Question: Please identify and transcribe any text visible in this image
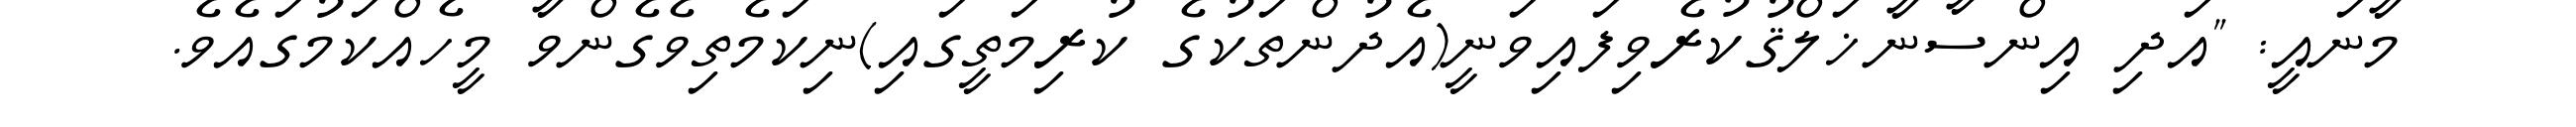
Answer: މާނައީ: "އަދި އިންސާނާޚަލްޤުކުރެވިފައިވަނީ(އެދުންތަކުގެ ކުރިމަތީގައި)ނިކަމެތިވެގެންވާ މީހެއްކަމުގައެވެ.